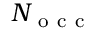
N _ { \mathrm { ~ o ~ c ~ c ~ } }